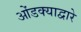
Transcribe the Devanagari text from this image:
ओंडक्याद्वारे